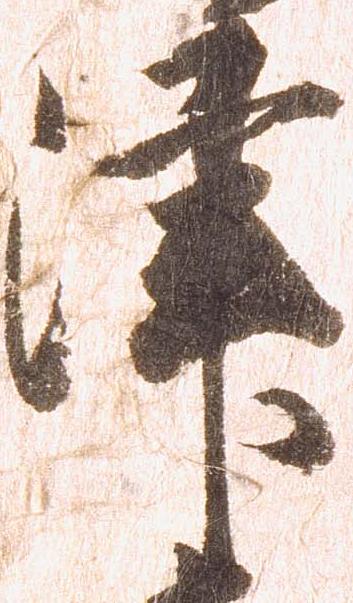
津